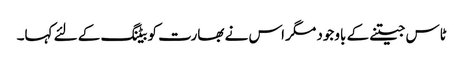
ٹاس جیتنے کے باوجود مگر اس نے بھارت کو بیٹنگ کے لئے کہا۔